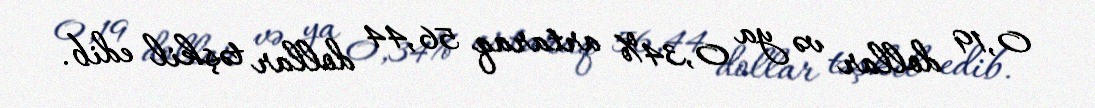
0,19 dollar və ya 0,34% artaraq 56,44 dollar təşkil edib.